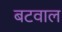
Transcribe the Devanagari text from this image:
बटवाल